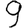
Digit: 9